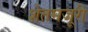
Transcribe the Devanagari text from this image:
शेतमजूरी